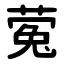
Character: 蒬